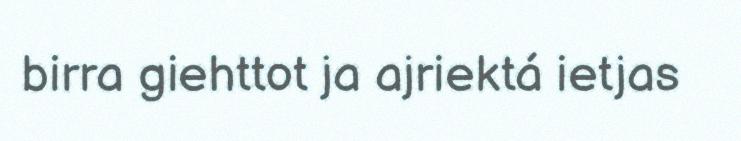
birra giehttot ja ajriektá ietjas